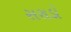
સરાડો